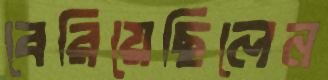
বেরিয়েছিলেন